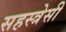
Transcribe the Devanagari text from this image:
सहस्त्रेसी